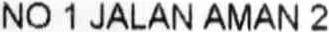
NO 1 JALAN AMAN 2